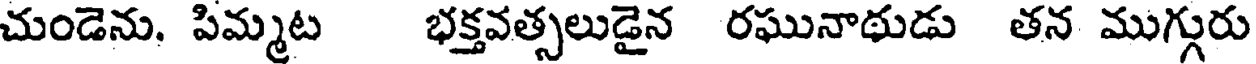
చుండెను. పిమ్మట భక్తవత్సలుడైన రఘునాథుడు తన ముగ్గురు